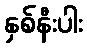
နှစ်နီးပါး